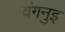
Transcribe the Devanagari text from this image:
वंगनुइ